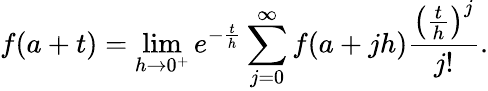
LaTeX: f(a+t)=\operatorname*{lim}_{h\to 0^{+}}e^{-{\frac{t}{h}}}\sum_{j=0}^{\infty}f(a+jh){\frac{\left({\frac{t}{h}}\right)^{j}}{j!}}.